Annual administration report of the Civil Veterinary Department of India - 1892-1893
Year: 1892
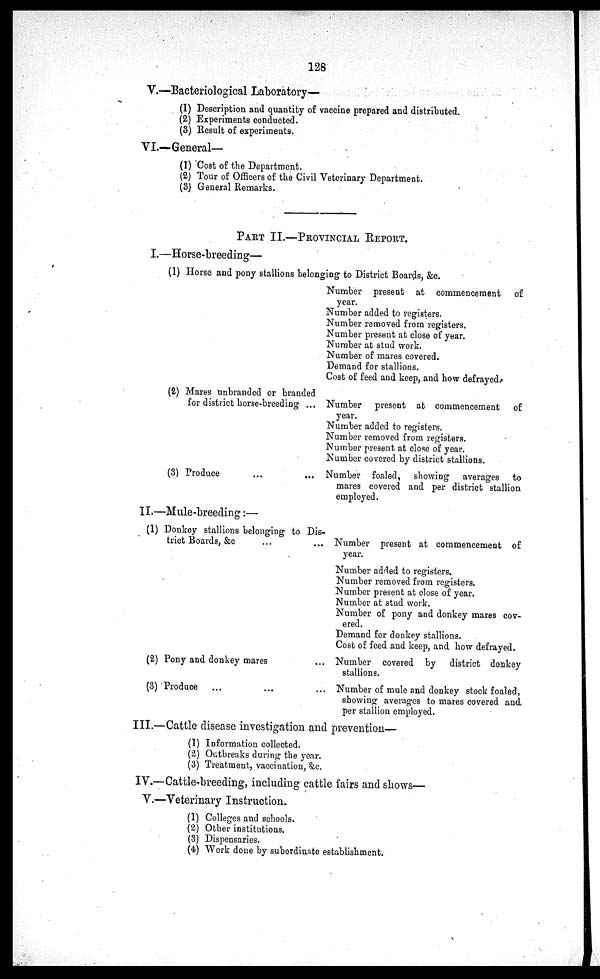
128
V.—Bacteriological Laboratory—
(1) Description and quantity of vaccine prepared and distributed.
(2) Experiments conducted.
(3) Result of experiments.
VI.—General—
(1) Cost of the Department.
(2) Tour of Officers of the Civil Veterinary Department.
(3) General Remarks.
PART II.—PROVINCIAL REPORT.
I.—Horse-breeding—
(1) Horse and pony stallions belonging to District Boards, &c.
(2) Mares unbranded or branded
for district horse-breeding ...
(3) Produce ... ...
II.—Mule-breeding:—
(1) Donkey stallions belonging to Dis-
trict Boards, &c
...
...
(2) Pony and donkey mares ..
(3) Produce
... ... ...
Number present at commencement of
year.
Number added to registers.
Number removed from registers.
Number present at close of year.
Number at stud work.
Number of mares covered.
Demand for stallions.
Cost of feed and keep, and how defrayed.
Number present at commencement of
year.
Number added to registers.
Number removed from registers.
Number present at close of year.
Number covered by district stallions.
Number foaled, showing averages to
mares covered and per district stallion
employed.
Number present at commencement of
year.
Number added to registers.
Number removed from registers.
Number present at close of year.
Number at stud work.
Number of pony and donkey mares cov-
ered.
Demand for donkey stallions.
Cost of feed and keep, and how defrayed.
Number covered by district donkey
stallions.
Number of mule and donkey stock foaled,
showing averages to mares covered and
per stallion employed.
III.—Cattle disease investigation and prevention—
(1) Information collected.
(2) Outbreaks during the year.
(3) Treatment, vaccination, &c.
IV.—Cattle-breeding, including cattle fairs and shows—
V.—Veterinary Instruction.
(1) Colleges and schools.
(2) Other institutions.
(3) Dispensaries.
(4) Work done by subordinate establishment.